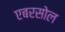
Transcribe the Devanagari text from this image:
एबरसोल